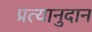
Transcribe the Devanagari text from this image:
प्रत्यानुदान